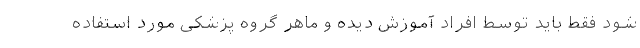
شود فقط باید توسط افراد آموزش دیده و ماهر گروه پزشکی مورد استفاده